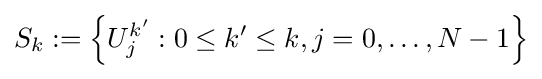
S_{k}:=\left\{U_{j}^{k'}:0\leq k'\leq k,j=0,\ldots ,N-1\right\}